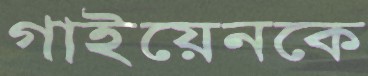
গাইয়েনকে